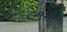
૯૧મો